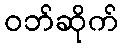
ဝဘ်ဆိုက်